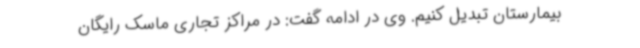
بیمارستان تبدیل کنیم. وی در ادامه گفت: در مراکز تجاری ماسک رایگان